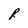
Character: R